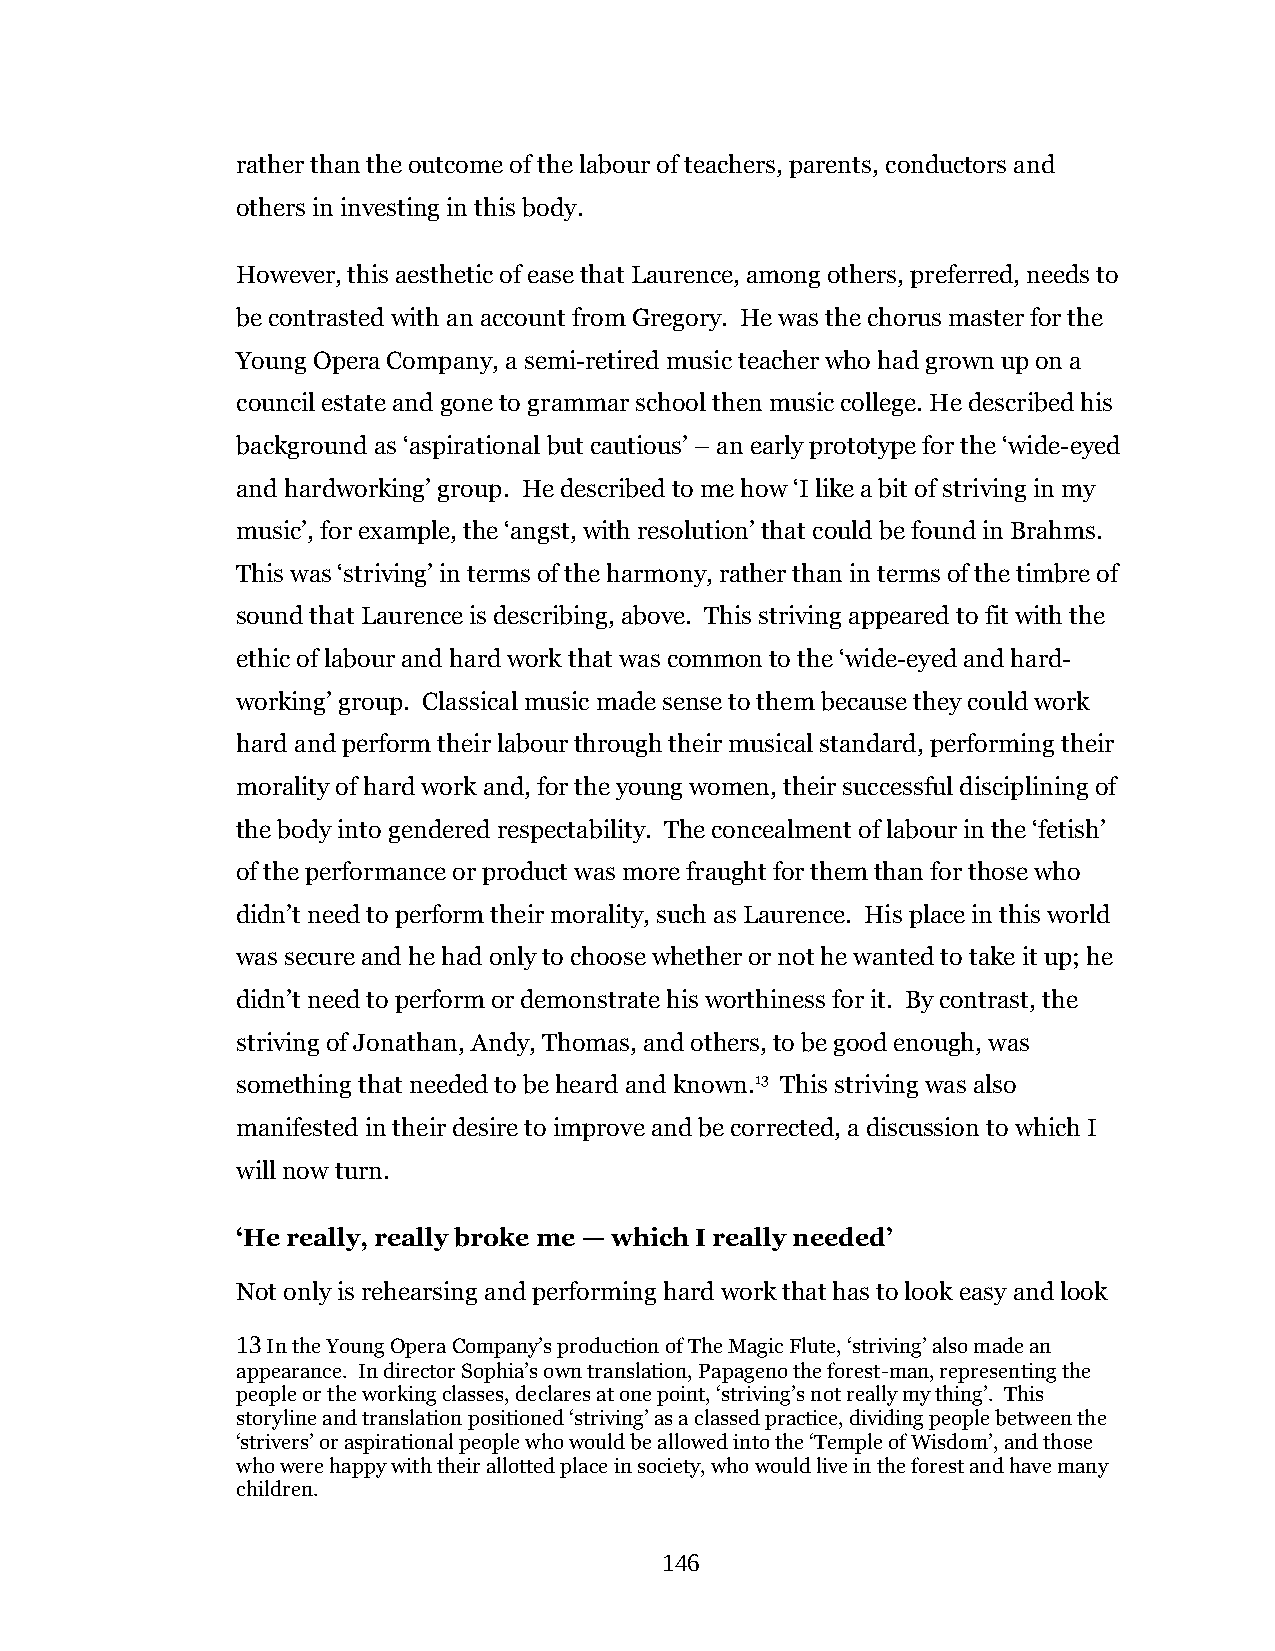
rather than the outcome of the labour of teachers, parents, conductors and
 others in investing in this body.
 However, this aesthetic of ease that Laurence, among others, preferred, needs to
 be contrasted with an account from Gregory. He was the chorus master for the
 Young Opera Company, a semi-retired music teacher who had grown up on a
 council estate and gone to grammar school then music college. He described his
 background as ‘aspirational but cautious’ – an early prototype for the ‘wide-eyed
 and hardworking’ group. He described to me how ‘I like a bit of striving in my
 music’, for example, the ‘angst, with resolution’ that could be found in Brahms.
 This was ‘striving’ in terms of the harmony, rather than in terms of the timbre of
 sound that Laurence is describing, above. This striving appeared to fit with the
 ethic of labour and hard work that was common to the ‘wide-eyed and hard-
 working’ group. Classical music made sense to them because they could work
 hard and perform their labour through their musical standard, performing their
 morality of hard work and, for the young women, their successful disciplining of
 the body into gendered respectability. The concealment of labour in the ‘fetish’
 of the performance or product was more fraught for them than for those who
 didn’t need to perform their morality, such as Laurence. His place in this world
 was secure and he had only to choose whether or not he wanted to take it up; he
 didn’t need to perform or demonstrate his worthiness for it. By contrast, the
 striving of Jonathan, Andy, Thomas, and others, to be good enough, was
 something that needed to be heard and known.13 This striving was also
 manifested in their desire to improve and be corrected, a discussion to which I
 will now turn.
 ‘He really, really broke me — which I really needed’
 Not only is rehearsing and performing hard work that has to look easy and look
 13 In the Young Opera Company’s production of The Magic Flute, ‘striving’ also made an
 appearance. In director Sophia’s own translation, Papageno the forest-man, representing the
 people or the working classes, declares at one point, ‘striving’s not really my thing’. This
 storyline and translation positioned ‘striving’ as a classed practice, dividing people between the
 ‘strivers’ or aspirational people who would be allowed into the ‘Temple of Wisdom’, and those
 who were happy with their allotted place in society, who would live in the forest and have many
 children.
 146